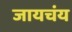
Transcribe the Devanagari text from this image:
जायचंय